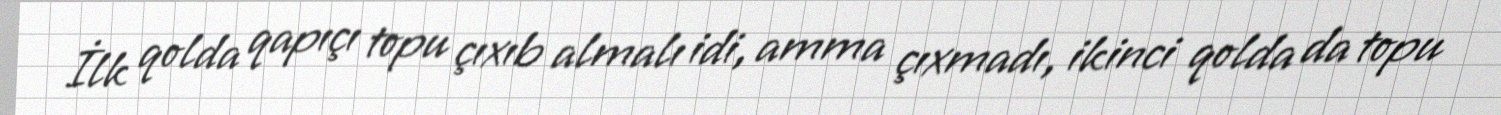
İlk qolda qapıçı topu çıxıb almalı idi, amma çıxmadı, ikinci qolda da topu